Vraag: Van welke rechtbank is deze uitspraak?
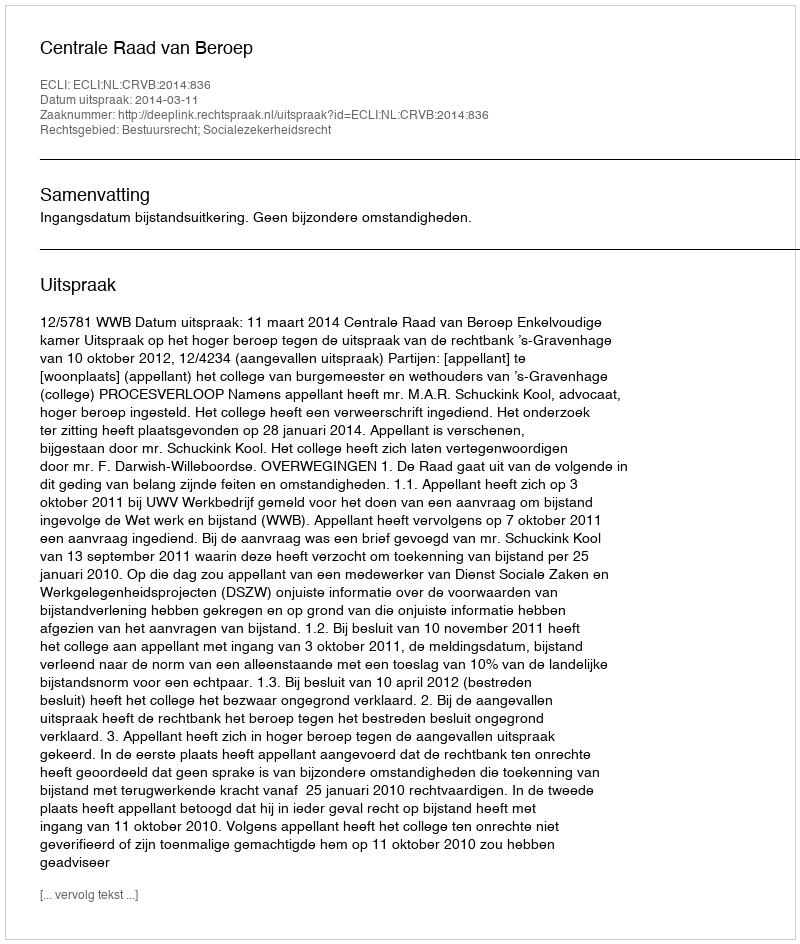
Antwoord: Centrale Raad van Beroep